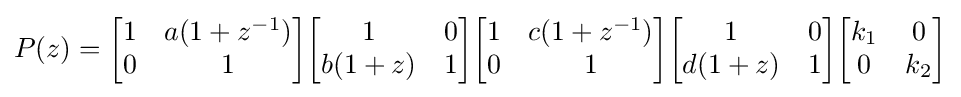
P(z)={\begin{bmatrix}1&a(1+z^{-1})\\0&1\end{bmatrix}}{\begin{bmatrix}1&0\\b(1+z)&1\end{bmatrix}}{\begin{bmatrix}1&c(1+z^{-1})\\0&1\end{bmatrix}}{\begin{bmatrix}1&0\\d(1+z)&1\end{bmatrix}}{\begin{bmatrix}k_{1}&0\\0&k_{2}\end{bmatrix}}